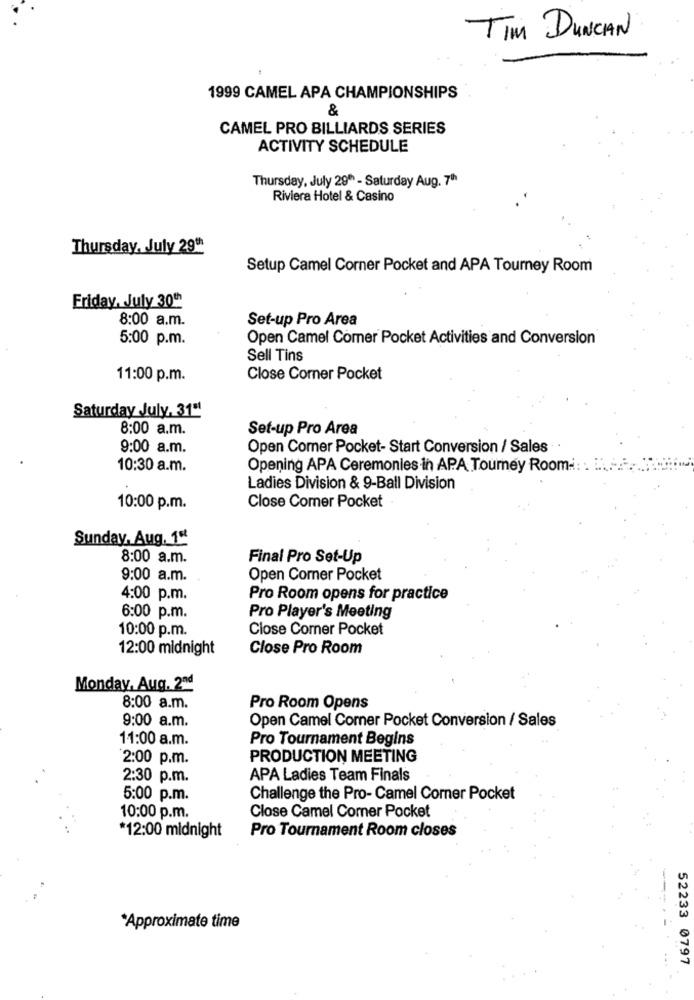
TIM DUNCAN
1999 CAMEL APA CHAMPIONSHIPS
&
CAMEL PRO BILLIARDS SERIES
ACTIVITY SCHEDULE
Thursday, July 29" - Saturday Aug. 7"
Riviera Hotel & Casino
Thursday, July 29
Setup Camel Corner Pocket and APA Tourney Room
Friday, July 30th
8:00 a.m.
Set-up Pro Area
5:00 p.m.
Open Camel Comer Pocket Activities and Conversion
Sell Tins
11:00 p.m.
Close Corner Pocket
Saturday July, 31"
8:00 a.m.
Set-up Pro Area
9:00 a.m.
Open Comer Pocket- Start Conversion / Sales
10:30 a.m.
Opening APA Ceremonies in APA Tourney Room -:
Ladies Division & 9-Ball Division
10:00 p.m.
Close Comer Pocket
Sunday, Aug. 1º
8:00 a.m.
Final Pro Set-Up
9:00 a.m.
Open Comer Pocket
4:00 p.m.
Pro Room opens for practice
6:00 p.m.
Pro Player's Meeting
10:00 p.m.
Close Comer Pocket
12:00 midnight
Close Pro Room
Monday, Aug. 204
8:00 a.m.
Pro Room Opens
9:00 a.m.
Open Camel Corner Pocket Conversion / Sales
11:00 a.m.
Pro Tournament Begins
2:00 p.m.
PRODUCTION MEETING
2:30 p.m.
APA Ladies Team Finals
5:00 p.m.
Challenge the Pro- Camel Corner Pocket
10:00 p.m.
Close Camel Comer Pocket
*12:00 midnight
Pro Tournament Room closes
*Approximate time
52233 0797